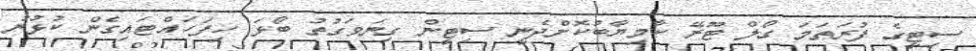
ސިޓީގެ ފުރަތަމަ ގޯލް ޓޫރޭ ކާމިޔާބުކޮށްދެނީ ސިޓީން ގިނަވަގުތު ބޯޅަ ހިފަހައްޓައިގެން ކުޅުނު